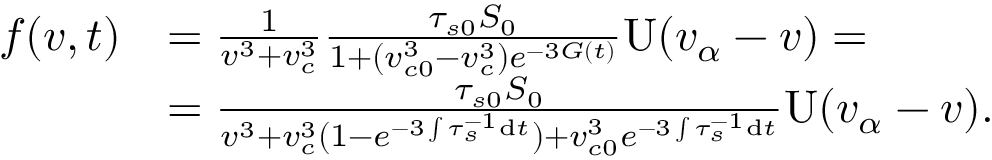
\begin{array} { r l } { f ( v , t ) } & { = \frac { 1 } { v ^ { 3 } + v _ { c } ^ { 3 } } \frac { \tau _ { s 0 } S _ { 0 } } { 1 + ( v _ { c 0 } ^ { 3 } - v _ { c } ^ { 3 } ) e ^ { - 3 G ( t ) } } \mathrm { U } ( v _ { \alpha } - v ) = } \\ & { = \frac { \tau _ { s 0 } S _ { 0 } } { v ^ { 3 } + v _ { c } ^ { 3 } ( 1 - e ^ { - 3 \int \tau _ { s } ^ { - 1 } \mathrm { d } t } ) + v _ { c 0 } ^ { 3 } e ^ { - 3 \int \tau _ { s } ^ { - 1 } \mathrm { d } t } } \mathrm { U } ( v _ { \alpha } - v ) . } \end{array}